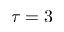
\tau = 3